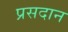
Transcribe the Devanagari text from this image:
प्रसदान